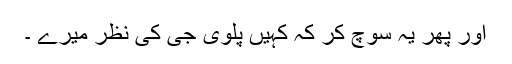
اور پھر یہ سوچ کر کہ کہیں پلوی جی کی نظر میرے ۔